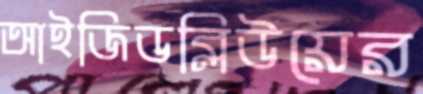
আইজিডব্লিউয়ের